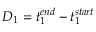
D _ { 1 } = t _ { 1 } ^ { e n d } - t _ { 1 } ^ { s t a r t }